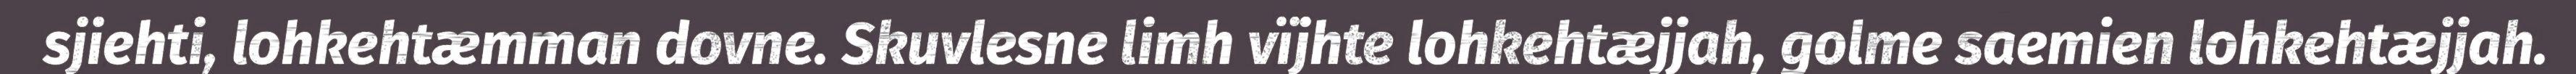
sjiehti, lohkehtæmman dovne. Skuvlesne limh vïjhte lohkehtæjjah, golme saemien lohkehtæjjah.